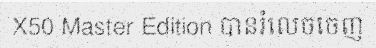
X50 Master Edition បានរំលេចចេញ